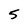
Character: 5